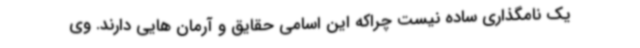
یک نامگذاری ساده نیست چراکه این اسامی حقایق و آرمان هایی دارند. وی